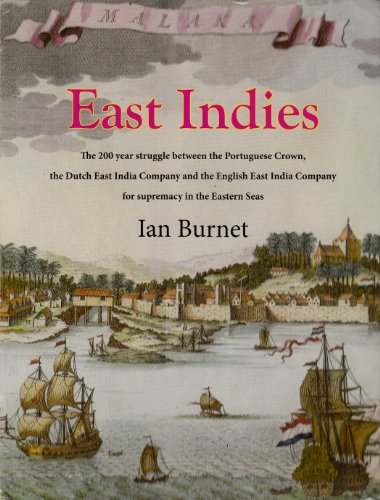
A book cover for East Indies: The 200 Year Struggle Between the Portuguese Crown, the Dutch East India Company and the English East India Company for Supremacy in the Eastern Seas; Ian Burnet; History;